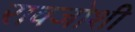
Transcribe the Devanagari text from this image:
रावजोशी